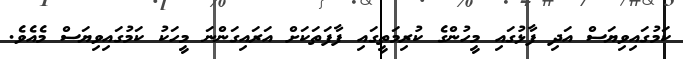
ކަމުގައިވިޔަސް އަދި ފާޅުގައި މީހުންގެ ކުރިމަތީގައި ފާފަތަކަށް އަރައިގަންނަ މީހަކު ކަމުގައިވިޔަސް މެއެވެ.